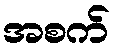
အစက်